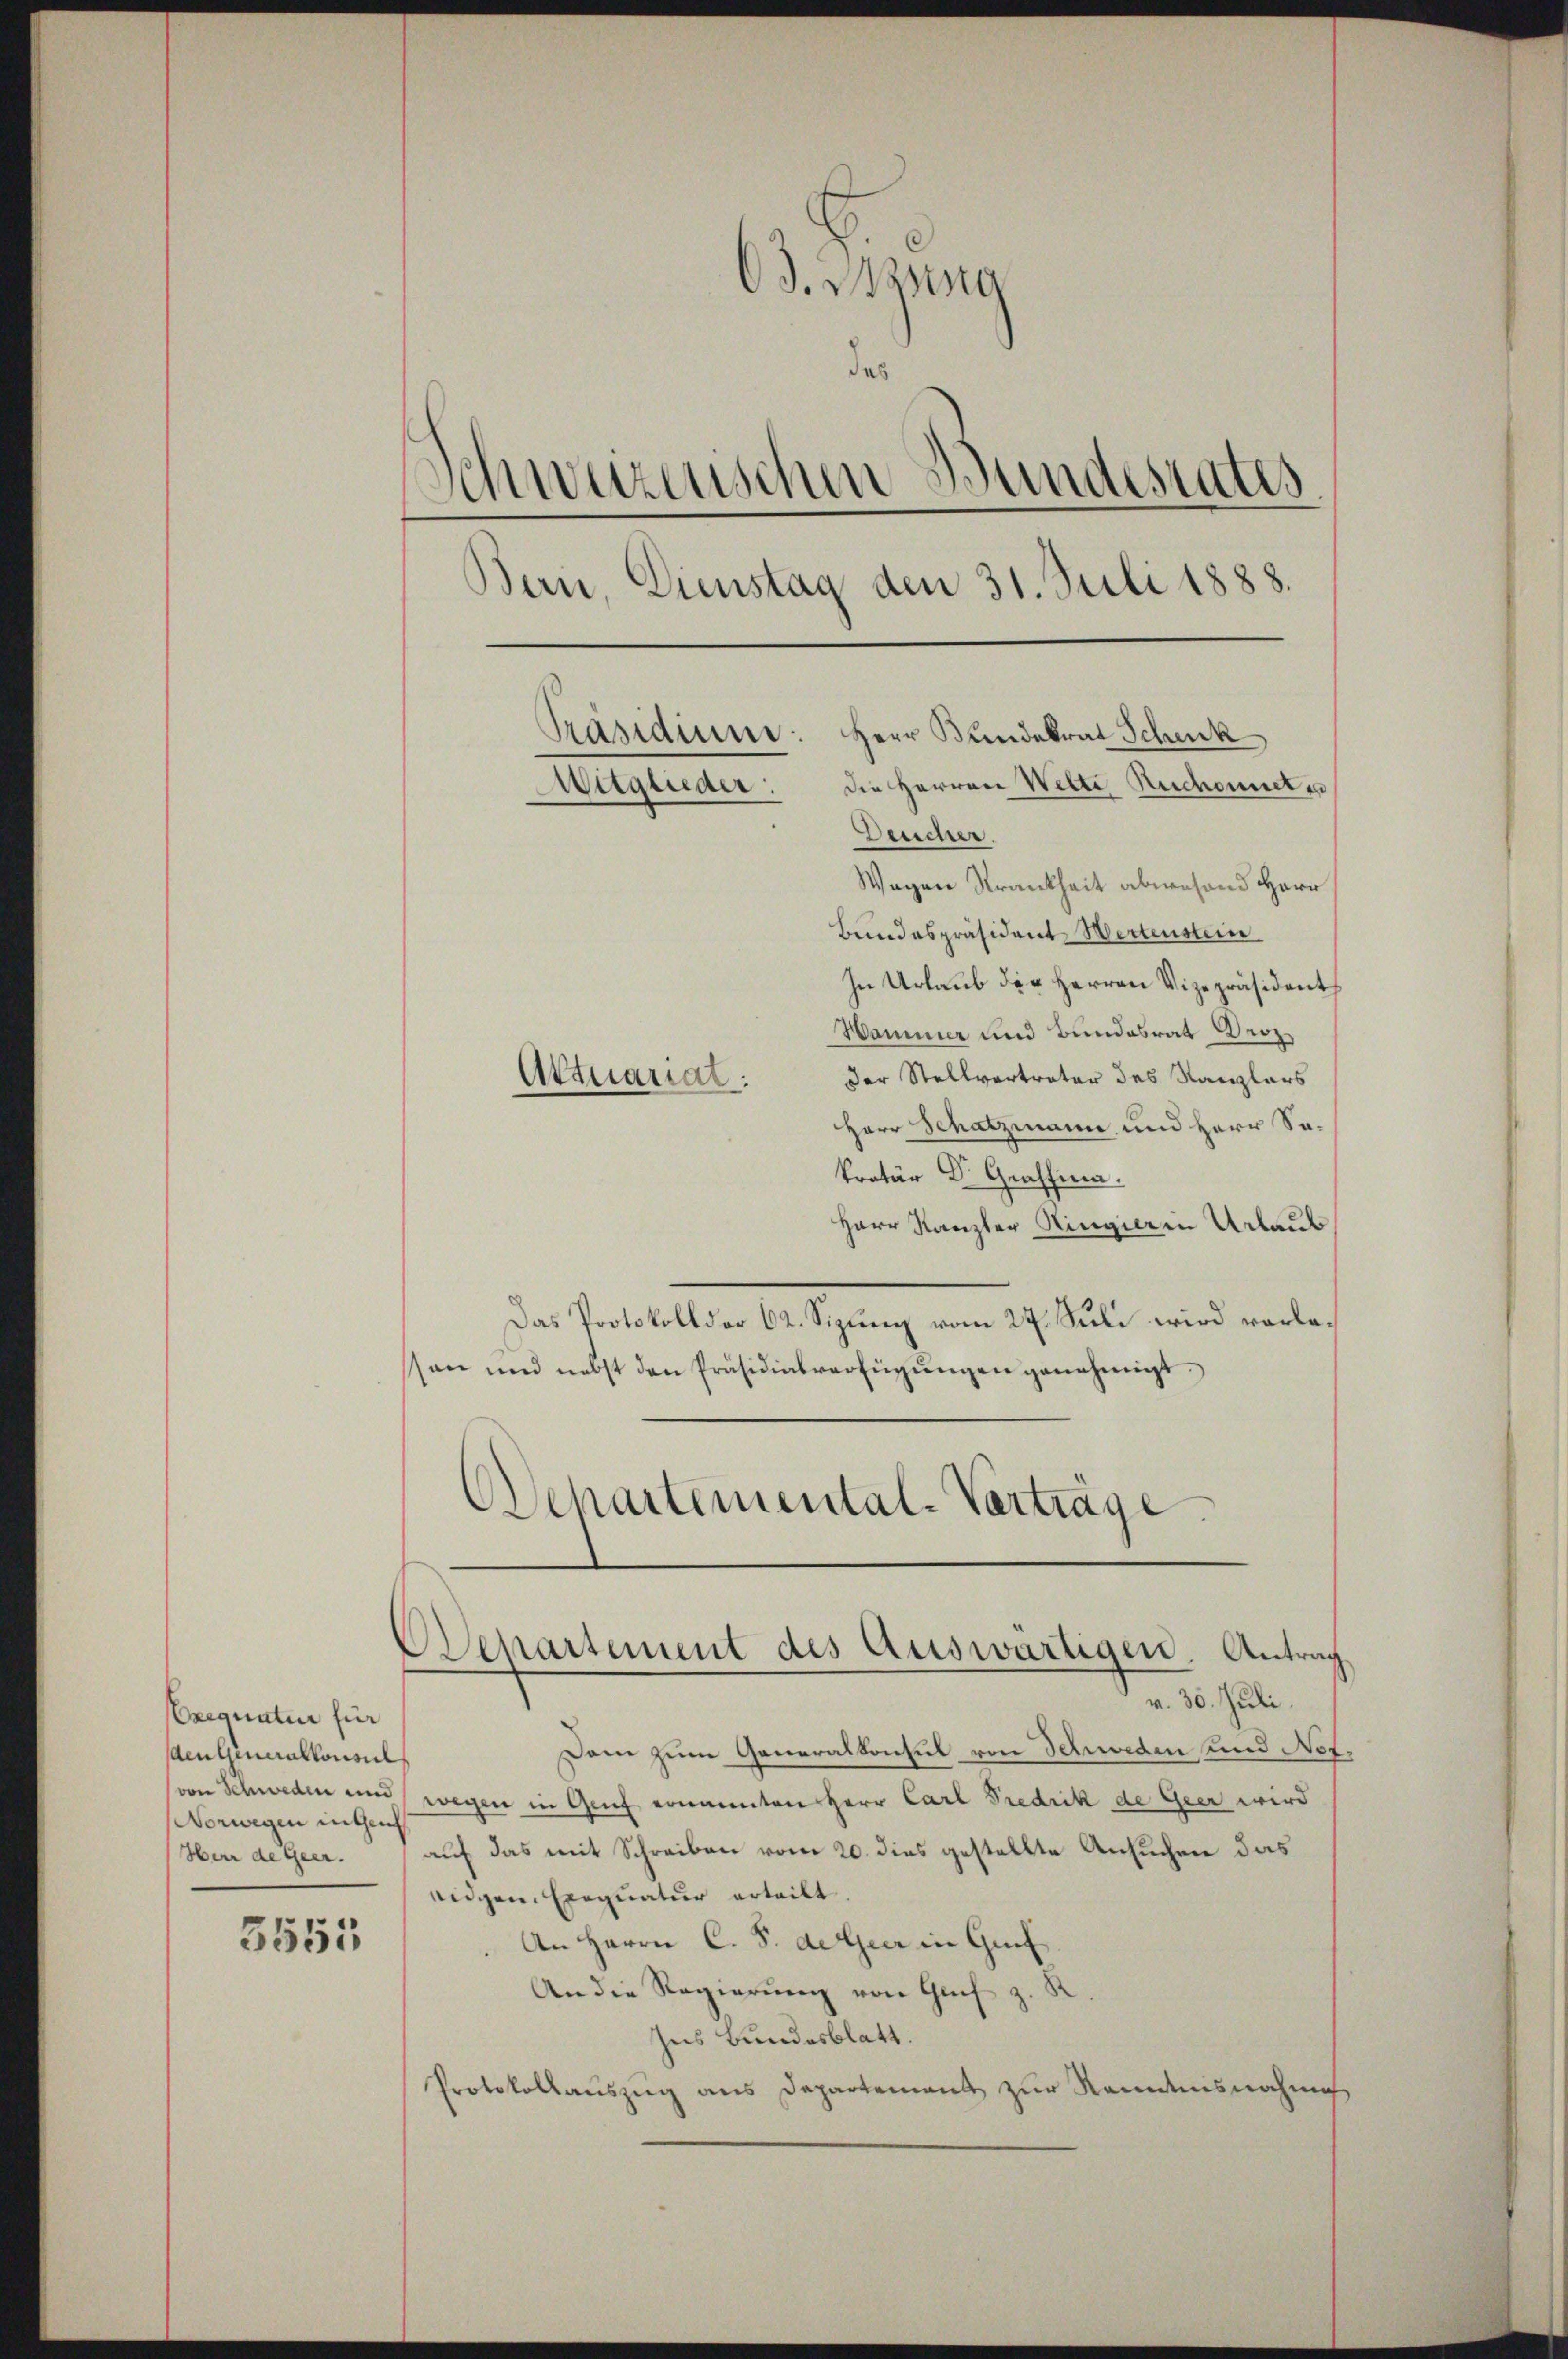
Exequatur für
den Generalkonsul
von Schweden und
Vorwegen inten
Herr de geer.

3555

63. Mang
das
Schweizerischen Bundesrates
Bern, Dienstag den 31. Juli 1888.
Herr Bundekrat Schenk
Präsidium.
Weglieder: die Herren Welti Ruchonnet e
Deucher.

Aktuariat.

Wegen Strankheit abwesend Herr
Bundespräsident Wertenstein
In Urlaub der Herren Vizepräsident
Hammer und Bundesrat Droz.
der Stellvertrator des Kanzlers
Herr Schatzmann und Herr Sakretär Dr. Graffina.
Herr Kanzler Ringier in Urlaus
Das Protokoll der 62. Sizung vom 27. Juli wird verlesen und nebst den Präsidialverfügŭngen genehmigt.
Ochartemental-Verträge

Dam zum Generalkonsul von Schweden und Not.
wegen in Genf ernannten Herr Carl Predrik de Gier wird
auf das mit Schreiben vom 20. dies gestellte Ansuchen das
eidgen. Exequatur erteilt.
An Herrn C. S. derseer in Genf
An die Regierŭng von Grif z
Ins Bundesblatt.
Protokollaŭszŭg ans Departement zŭr Kenntnisnehmig

Departement des Auswärtigen. Antrag
v. 30. Juli